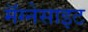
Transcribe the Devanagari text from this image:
मॅग्नेसाइट